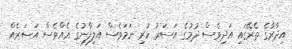
އިދާރާގެ ތެރޭގައި އަދިވެސް ދުމުގެ އަސަރު ހުރި ނަމަވެސް އަލިފާނުގެ އެއްވެސް އަސަރެއް